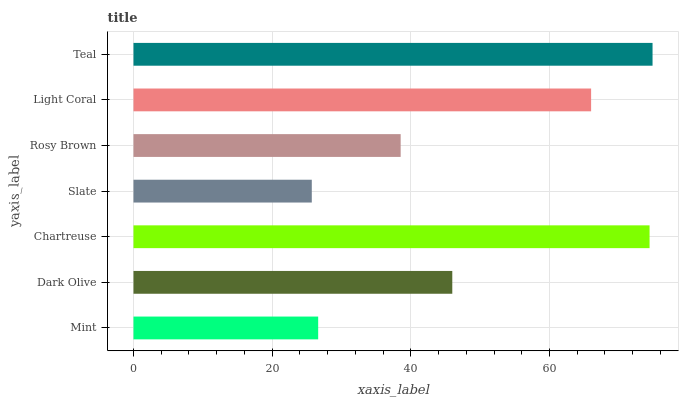
| yaxis_label | bars |
 | --- | --- |
 | Mint | 26.6 |
 | Dark Olive | 46 |
 | Chartreuse | 74.4 |
 | Slate | 25.7 |
 | Rosy Brown | 38.5 |
 | Light Coral | 66 |
 | Teal | 74.9 |